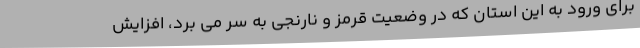
برای ورود به این استان که در وضعیت قرمز و نارنجی به سر می برد، افزایش